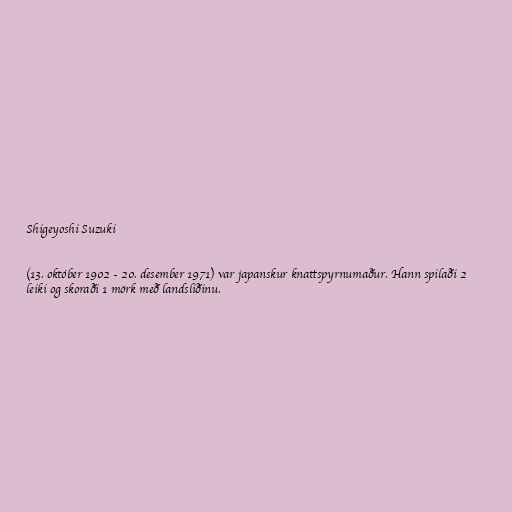
Shigeyoshi Suzuki

(13. október 1902 - 20. desember 1971) var japanskur knattspyrnumaður. Hann spilaði 2
leiki og skoraði 1 mörk með landsliðinu.